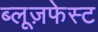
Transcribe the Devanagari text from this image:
ब्लूज़फेस्ट